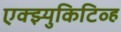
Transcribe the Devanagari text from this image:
एक्झ्युकिटिव्ह